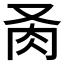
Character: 𦘬